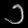
Digit: ၁